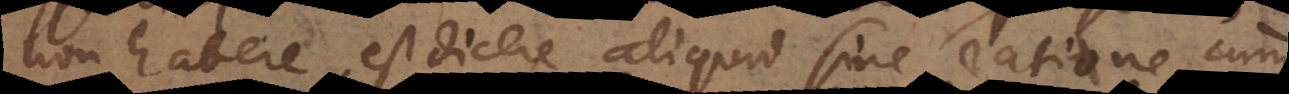
non habere, est dicere aliquid sine ratione, cum